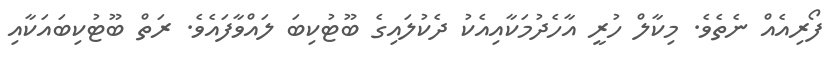
ފޯރިއެއް ނެތެވެ. މިކާލް ހުރީ އާހެދުމަކާއިއެކު ދެކުލައިގެ ބޫޓުކިބަ ލައްވާފައެވެ. ރަތް ބޫޓުކިބައަކާއި